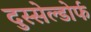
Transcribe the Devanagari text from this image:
दुस्सेल्डोर्फ